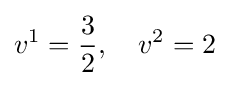
v^{1}={\frac {3}{2}},\quad v^{2}=2